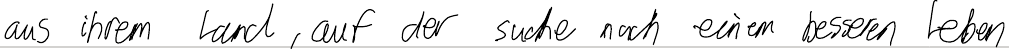
aus ihrem Land, auf der Suche nach einem besseren Leben